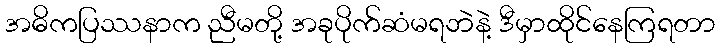
အဓိကပြဿနာက ညီမတို့ အခုပိုက်ဆံမရဘဲနဲ့ ဒီမှာထိုင်နေကြရတာ